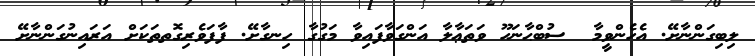
ލިބިގަންނާށޭ. އެހެންވީމާ  ސުބްޙާނަހޫ ވަތަޢާލާ އަންގަވާފައިވާ މަގުގާ ހިނގާށޭ. ފާފަވެރިގޮތތަކަށް އަރައިނުގަންނާށޭ